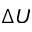
\Delta U